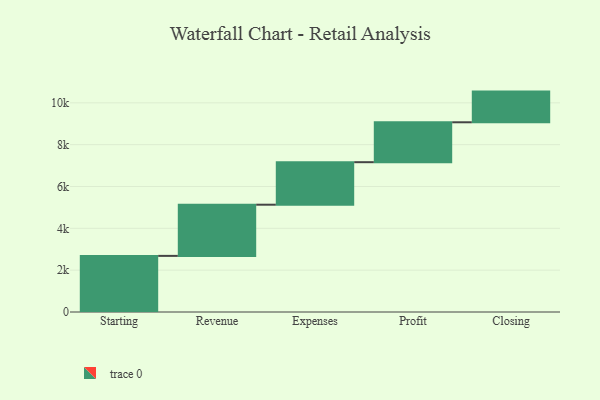
{"axis": {"x": "Step", "y": "Value"}, "legend": [""], "data": [{"x": "Starting", "y": 2683.0, "type": ""}, {"x": "Revenue", "y": 2447.0, "type": ""}, {"x": "Expenses", "y": 2032.0, "type": ""}, {"x": "Profit", "y": 1908.0, "type": ""}, {"x": "Closing", "y": 1467.0, "type": ""}]}